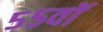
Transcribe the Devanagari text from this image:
५५वॉ